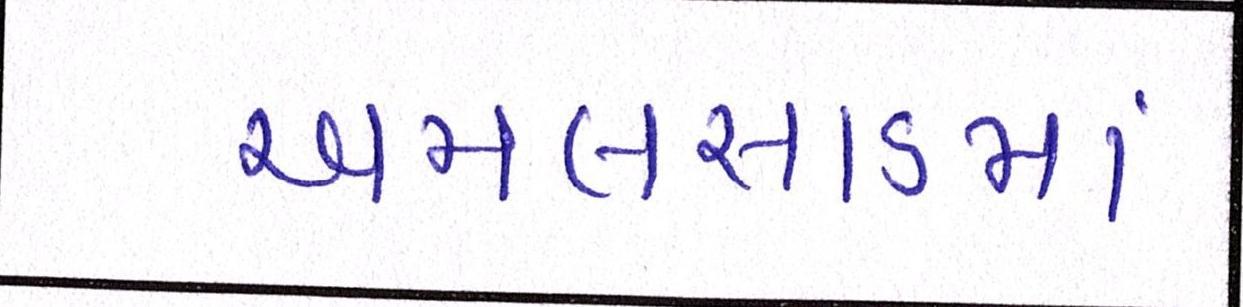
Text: અમલસાડમાં